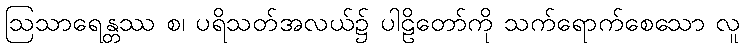
ဩသာရေန္တဿ စ၊ ပရိသတ်အလယ်၌ ပါဠိတော်ကို သက်ရောက်စေသော လူ